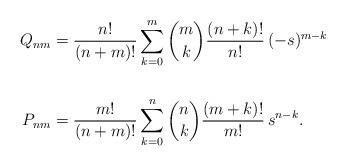
LaTeX: \begin{align*} Q_{nm} &= \frac{n !}{(n+m)!} \sum_{k=0}^{m} \binom{m}{k} \frac{(n + k)!}{n!} \,(-s)^{m-k} \\ \\ P_{nm} &=\frac{m !}{(n+m)!} \sum_{k=0}^{n} \binom{n}{k} \frac{(m + k)!}{m!} \, s^{n-k}.\end{align*}